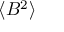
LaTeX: \langle B ^ { 2 } \rangle